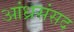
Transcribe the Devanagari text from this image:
आंध्रसंसद